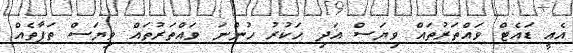
އެއީ ޑައެޓް ވައްތަރުތައް ވިޔަސް އަދި ހަކުރު ހުންނަ ވައްތަރުތައް ވިޔަސް ތަފާތެއް